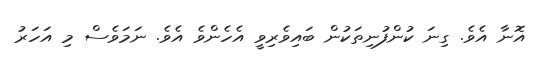
އޮނާ އެވެ. ގިނަ ކުންފުނިތަކުން ބައިވެރިވީ އެހެންވެ އެވެ. ނަމަވެސް މި އަހަރު